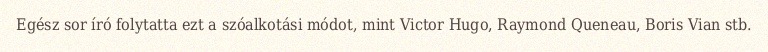
Egész sor író folytatta ezt a szóalkotási módot, mint Victor Hugo, Raymond Queneau, Boris Vian stb.